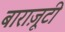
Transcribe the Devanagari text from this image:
बाराज़ूटी